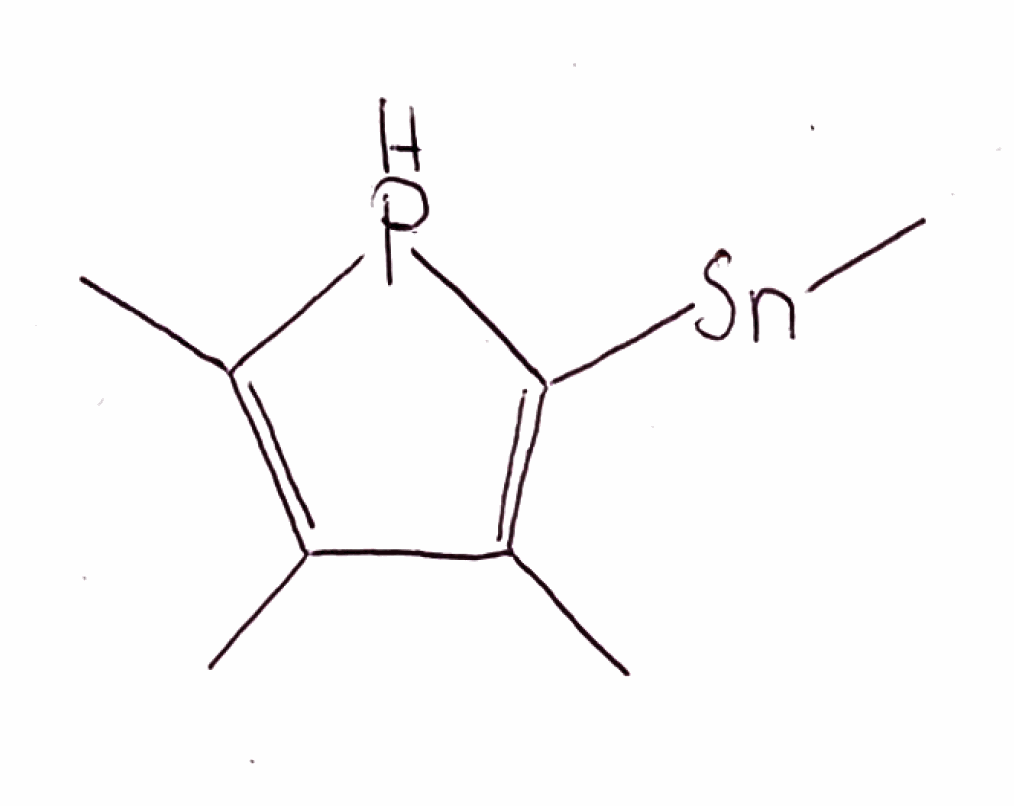
Simplified molecular-input line-entry system (SMILES) notation of the given molecule:
CC1=C(PC(=C1C)[Sn]C)C